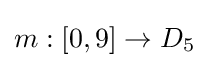
m:[0,9]\to D_{5}